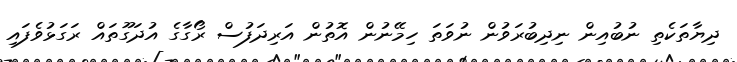
ދިޔާތަކެތި ނުބުއިން ނިދިބުރަވުން ނުވަތަ ހިމޭނުން އޮތުން އަރިދަފުސް ރޯގާގެ އުދަގޫތައް ރަގަޅުވެފައި